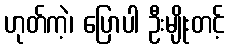
ဟုတ်ကဲ့၊ ပြောပါ ဦးမျိုးတင့်